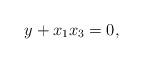
LaTeX: \begin{align*}y+x_1x_3=0,\end{align*}